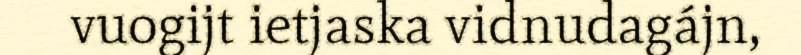
vuogijt ietjaska vidnudagájn,